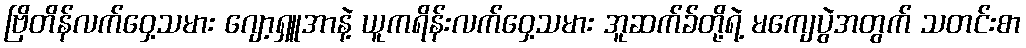
ဗြိတိန်လက်ဝှေ့သမား ဂျော့ရှူအာနဲ့ ယူကရိန်းလက်ဝှေ့သမား အူဆက်ခ်တို့ရဲ့ မကျေပွဲအတွက် သတင်းစာ